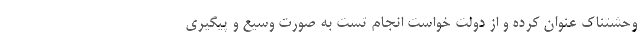
وحشتناک عنوان کرده و از دولت خواست انجام تست به صورت وسیع و پیگیری